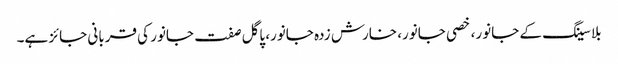
بلا سینگ کے جانور، خصی جانور، خارش زدہ جانور، پاگل صفت جانور کی قربانی جائز ہے۔